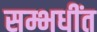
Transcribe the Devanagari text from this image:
सम्भधींत